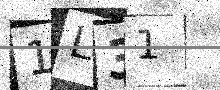
Text: 1L31